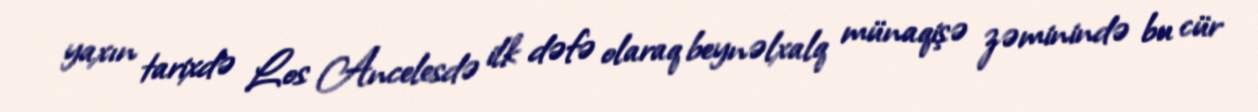
yaxın tarixdə Los Ancelesdə ilk dəfə olaraq beynəlxalq münaqişə zəminində bu cür